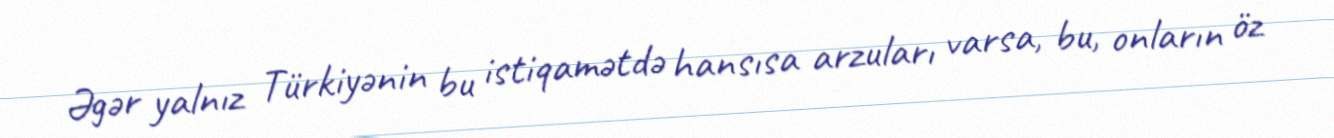
Əgər yalnız Türkiyənin bu istiqamətdə hansısa arzuları varsa, bu, onların öz